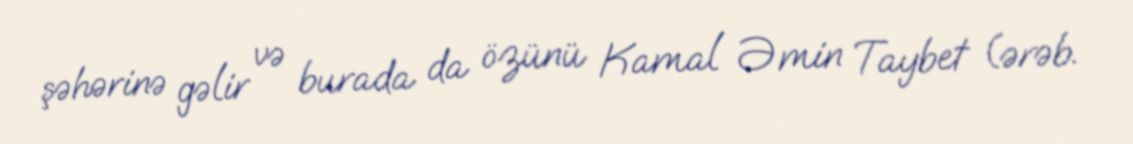
şəhərinə gəlir və burada da özünü Kamal Əmin Taybet (ərəb.